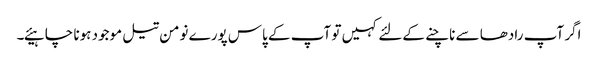
اگر آپ رادھا سے ناچنے کےلئے کہیں تو آپ کے پاس پورے نومن تیل موجود ہونا چا ہیئے۔